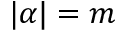
| \alpha | = m